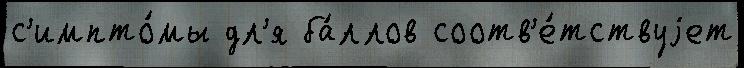
с'импто́мы дл'я ба́ллов соотв'е́тствуjет